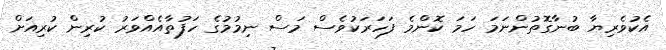
އެކުވެރިޔާ ބުނާގޮތުންނަމަ ހަމަ ކޮންމެ ފަހަރަކުވެސް މަސް ނިމުމުގެ ހަފުތާއެއްވަރު ކުރިން ކުރިއަށް